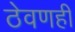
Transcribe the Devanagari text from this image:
ठेवणही